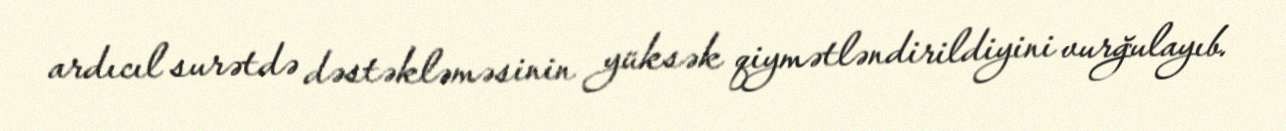
ardıcıl surətdə dəstəkləməsinin yüksək qiymətləndirildiyini vurğulayıb.